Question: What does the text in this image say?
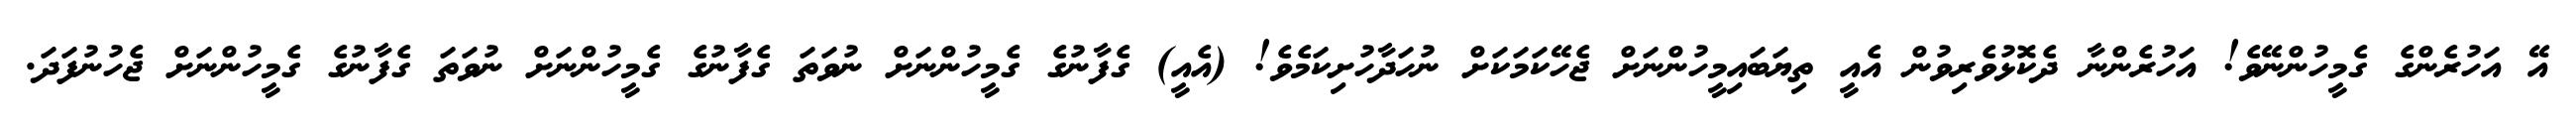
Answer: އޭ އަހުރެންގެ ގެމީހުންނޭވެ! އަހުރެންނާ ދެކޮޅުވެރިވުން އެއީ ތިޔަބައިމީހުންނަށް ޖެހޭކަމަކަށް ނުހަދާހުށިކަމެވެ! (އެއީ) ގެފާނުގެ ގެމީހުންނަށް ނުވަތަ ގެފާނުގެ ގެމީހުންނަށް ނުވަތަ ގެފާނުގެ ގެމީހުންނަށް ޖެހުނުފަދަ.